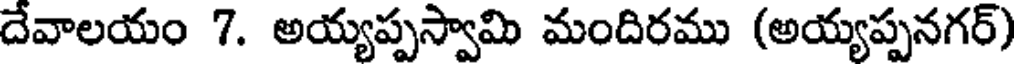
దేవాలయం 7. అయ్యప్పస్వామి మందిరము (అయ్యప్పనగర్)